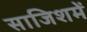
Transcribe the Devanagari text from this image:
साजिशमें